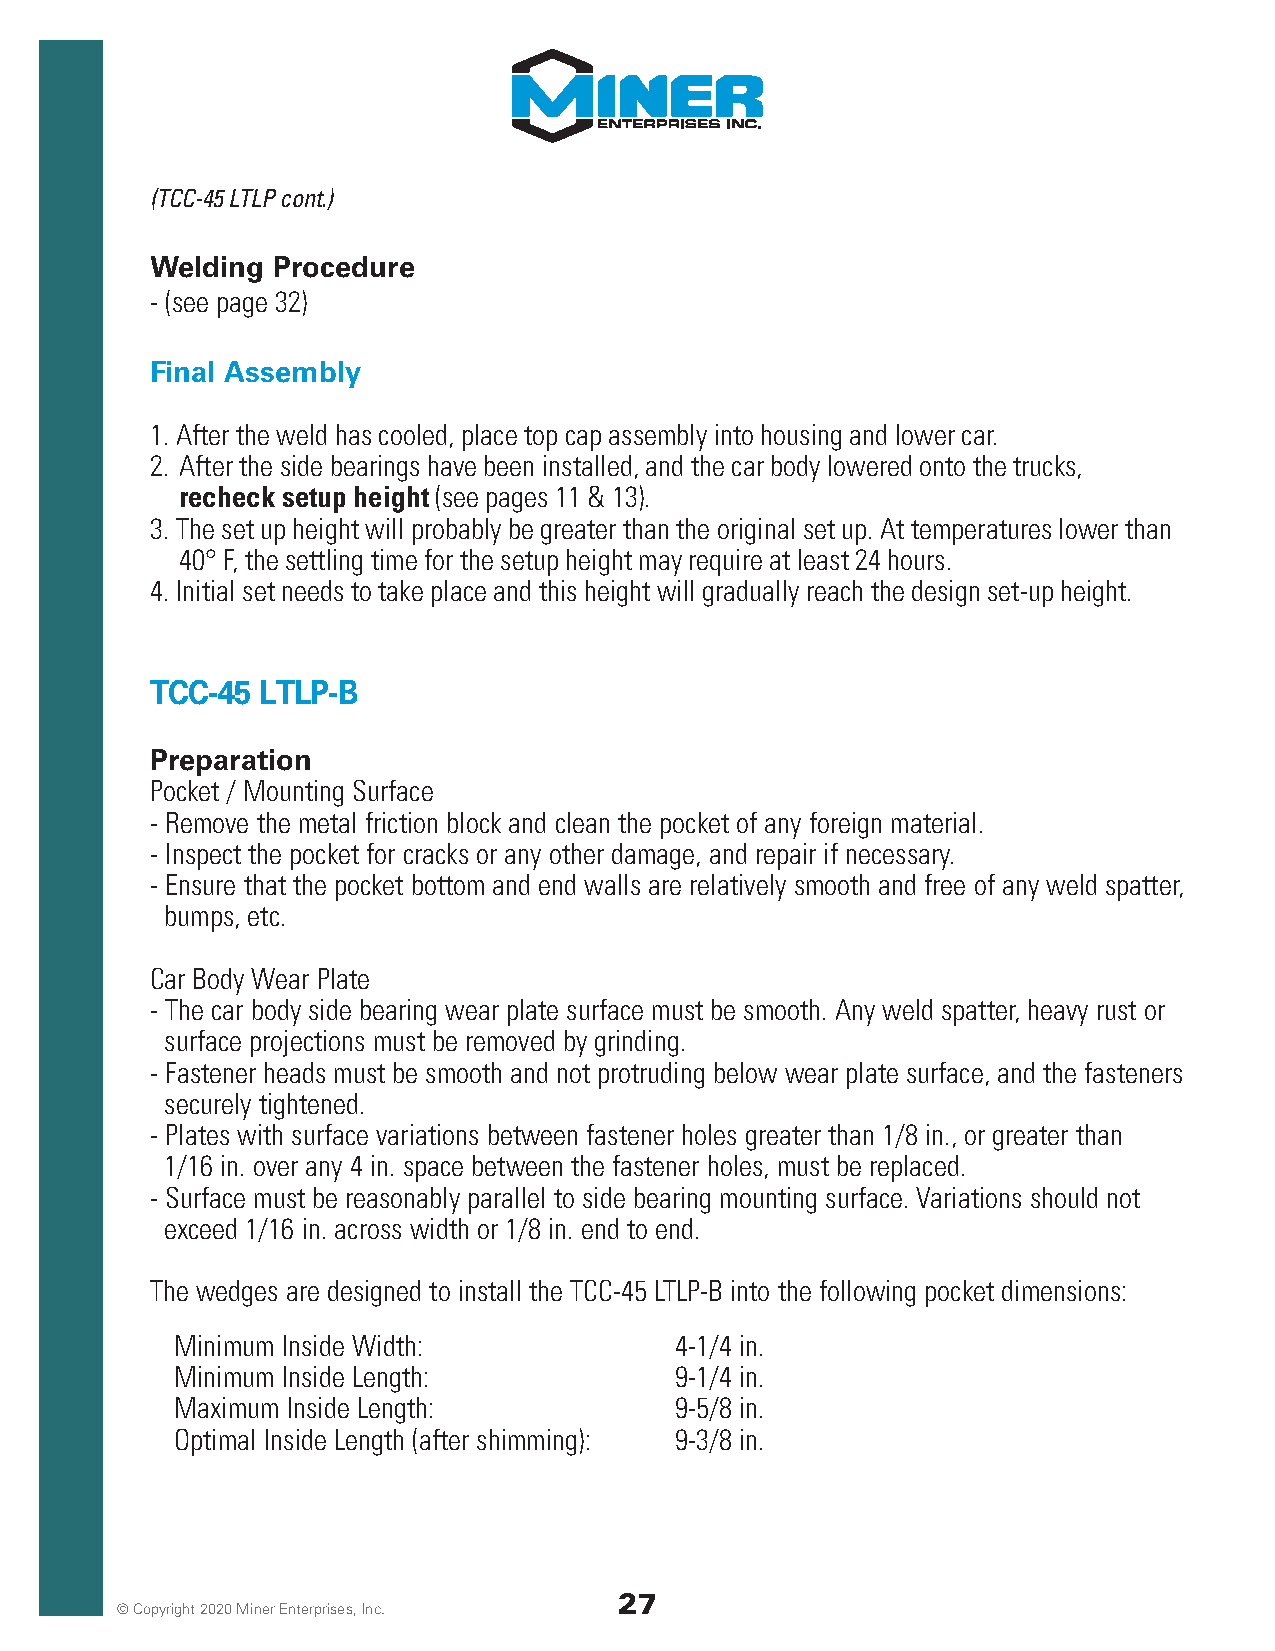
(TCC-45 LTLP cont.)
 Welding Procedure
 - (see page 32)
 Final Assembly
 1. After the weld has cooled, place top cap assembly into housing and lower car.
 2. After the side bearings have been installed, and the car body lowered onto the trucks,
 recheck setup height (see pages 11 & 13).
 3. The set up height will probably be greater than the original set up. At temperatures lower than
 40° F, the settling time for the setup height may require at least 24 hours.
 4. Initial set needs to take place and this height will gradually reach the design set-up height.
 TCC-45 LTLP-B
 Preparation
 Pocket / Mounting Surface
 - Remove the metal friction block and clean the pocket of any foreign material.
 - Inspect the pocket for cracks or any other damage, and repair if necessary.
 - Ensure that the pocket bottom and end walls are relatively smooth and free of any weld spatter,
 bumps, etc.
 Car Body Wear Plate
 - The car body side bearing wear plate surface must be smooth. Any weld spatter, heavy rust or
 surface projections must be removed by grinding.
 - Fastener heads must be smooth and not protruding below wear plate surface, and the fasteners
 securely tightened.
 - Plates with surface variations between fastener holes greater than 1/8 in., or greater than
 1/16 in. over any 4 in. space between the fastener holes, must be replaced.
 - Surface must be reasonably parallel to side bearing mounting surface. Variations should not
 exceed 1/16 in. across width or 1/8 in. end to end.
 The wedges are designed to install the TCC-45 LTLP-B into the following pocket dimensions:
 Minimum Inside Width:            4-1/4 in.
 Minimum Inside Length:           9-1/4 in.
 Maximum Inside Length:           9-5/8 in.
 Optimal Inside Length (after shimming): 9-3/8 in.
 27
 © Copyright 2020 Miner Enterprises, Inc.